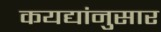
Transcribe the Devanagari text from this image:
कयद्यांनुसार